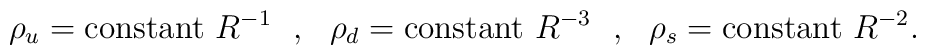
\rho_u = {\rm constant~} R^{-1} ~~,~~ \rho_d =  {\rm constant~} R^{-3} ~~,~~\rho_s =  {\rm constant~} R^{-2} .